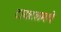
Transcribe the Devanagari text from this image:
टायटलमधे